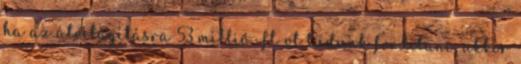
ha az átvilágításra 53 millió Ft-ot tudunk fordítani, akkor